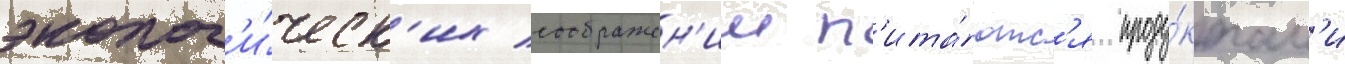
эколог'и́ческ'их соображен'ии п'ита́ютс'я проду́ктам'и